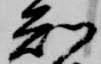
知